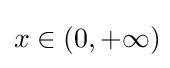
\displaystyle x\in (0,+\infty )\!